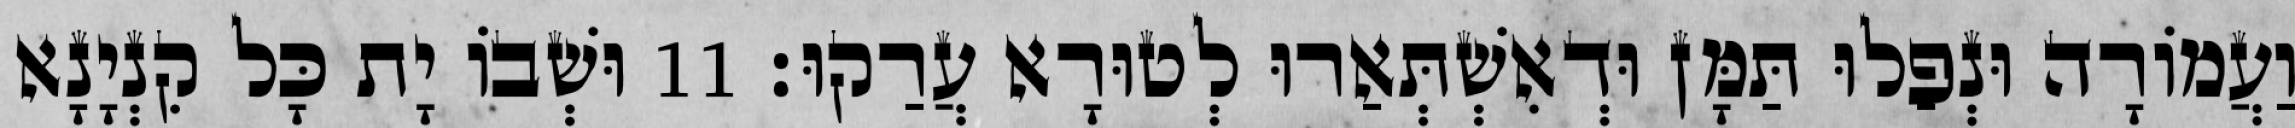
וַעֲמוֹרָה וּנְפַלוּ תַּמָּן וּדְאִשְׁתְּאַרוּ לְטוּרָא עֲרַקוּ׃ 11 וּשְׁבוֹ יָת כָּל קִנְיָנָא